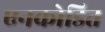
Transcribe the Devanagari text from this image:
एनकोडित